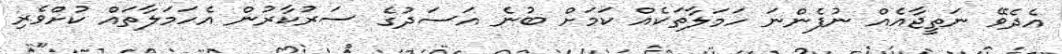
އެދެވޭ ނަތީޖާއެއް ނުފެންނަ ހަމަލާތަކެއް ކަމަށް ބުނެ އަސަދުގެ ސަރުކާރުން އެހަމަލާތައް ކުށްވެރި